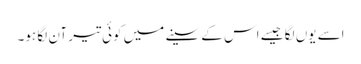
اسے یوں لگا جیسے اس کے سینے میں کوئی تیر آن لگا ہو۔